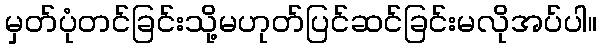
မှတ်ပုံတင်ခြင်းသို့မဟုတ်ပြင်ဆင်ခြင်းမလိုအပ်ပါ။